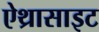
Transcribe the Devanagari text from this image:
ऐथ्रासाइट